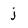
Character: j